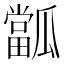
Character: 㼕